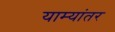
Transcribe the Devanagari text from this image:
याम्यांतर